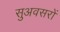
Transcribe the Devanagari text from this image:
सुअवसरों